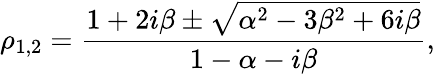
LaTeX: \rho_{1,2}=\frac{1+2i\beta\pm\sqrt{\alpha^{2}-3\beta^{2}+6i\beta}}{1-\alpha-i\beta},